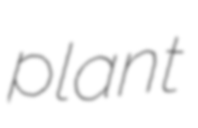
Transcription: plant